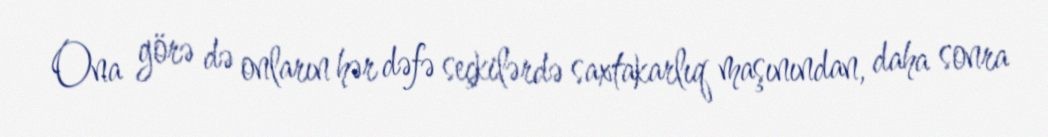
Ona görə də onların hər dəfə seçkilərdə saxtakarlıq maşınından, daha sonra